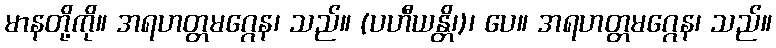
မာနတို့ကို။ အရဟတ္တမဂ္ဂေန၊ သည်။ (ပဟီယန္တိ၊)၊ ပေ။ အရဟတ္တမဂ္ဂေန၊ သည်။